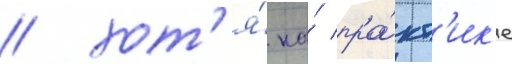
/ хот'я́ на́ пра́кт'ик'е